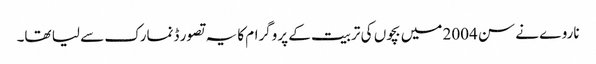
ناروے نے سن 2004 میں بچوں کی تربیت کے پروگرام کا یہ تصور ڈنمارک سے لیا تھا۔